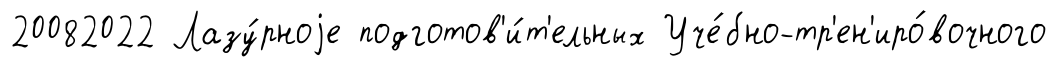
20082022 Лазу́рноjе подготов'и́т'ельных Уче́бно-тр'ен'иро́вочного